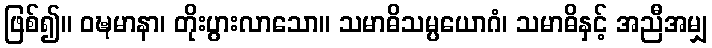
ဖြစ်၍။ ဝဍ္ဎမာနာ၊ တိုးပွားလာသော။ သမာဓိသမ္ပယောဂံ၊ သမာဓိနှင့် အညီအမျှ